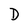
Character: D